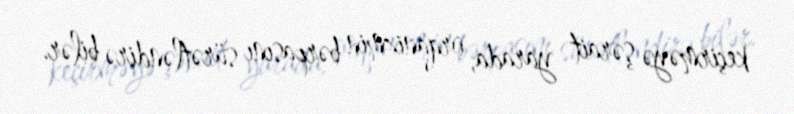
keçirməyə şərait yarada, orqanizmin bərpasını sürətləndirə bilər.